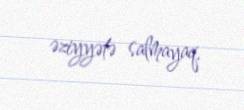
əziyyətə salmayaq.